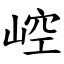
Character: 崆